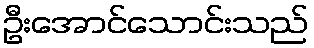
ဦးအောင်သောင်းသည်